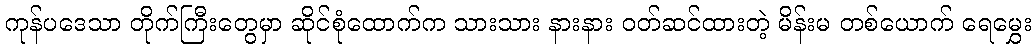
ကုန်ပဒေသာ တိုက်ကြီးတွေမှာ ဆိုင်စုံထောက်က သားသား နားနား ဝတ်ဆင်ထားတဲ့ မိန်းမ တစ်ယောက် ရေမွှေး